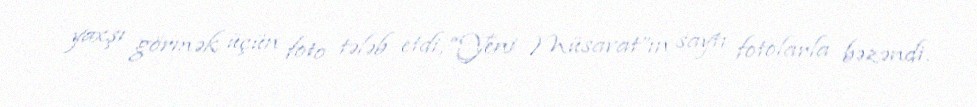
yaxşı görmək üçün foto tələb etdi, “Yeni Müsavat”ın saytı fotolarla bəzəndi.